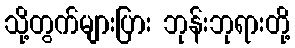
သို့တွက်များပြား ဘုန်းဘုရားတို့